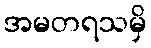
အမတရသမှိ